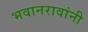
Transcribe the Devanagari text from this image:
भवानरावांनी